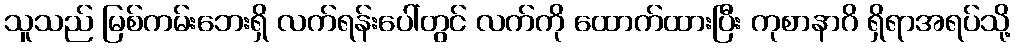
သူသည် မြစ်ကမ်းဘေးရှိ လက်ရန်းပေါ်တွင် လက်ကို ထောက်ထားပြီး ကုစာနာဂိ ရှိရာအရပ်သို့